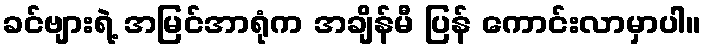
ခင်ဗျားရဲ့ အမြင်အာရုံက အချိန်မီ ပြန် ကောင်းလာမှာပါ။